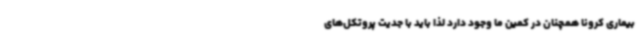
بیماری کرونا همچنان در کمین ما وجود دارد لذا باید با جدیت پروتکل‌های